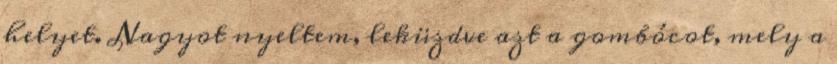
helyet. Nagyot nyeltem, leküzdve azt a gombócot, mely a